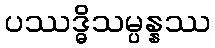
ပဿဒ္ဓိသမ္ပန္နဿ